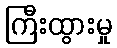
ကြီးထွားမှု